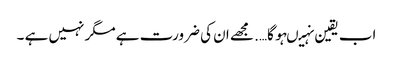
اب یقین نہیںہو گا…. مجھے ان کی ضرورت ہے مگر نہیں ہے ۔